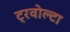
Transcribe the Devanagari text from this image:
ट्रवोल्टा